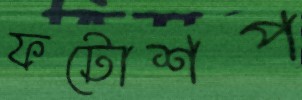
ফটোশপ